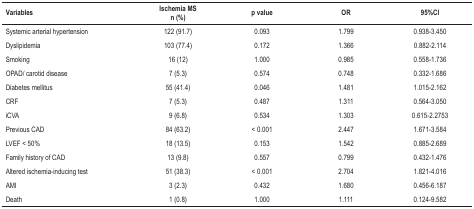
<table><thead><tr><td><b>Variables</b></td><td><b>Ischemia MS n (%)</b></td><td><b>p value</b></td><td><b>OR</b></td><td><b>95%CI</b></td></tr></thead><tbody><tr><td>Systemic arterial hypertension</td><td>122 (91,7)</td><td>0,093</td><td>1,799</td><td>0,938-3,450</td></tr><tr><td>Dyslipidemia</td><td>103 (77,4)</td><td>0,172</td><td>1,366</td><td>0,882-2,114</td></tr><tr><td>Smoking</td><td>16 (12)</td><td>1,000</td><td>0,985</td><td>0,558-1,736</td></tr><tr><td>OPAD/ carotid disease</td><td>7 (5,3)</td><td>0,574</td><td>0,748</td><td>0,332-1,686</td></tr><tr><td>Diabetes mellitus</td><td>55 (41,4)</td><td>0,046</td><td>1,481</td><td>1,015-2,162</td></tr><tr><td>CRF</td><td>7 (5,3)</td><td>0,487</td><td>1,311</td><td>0,564-3,050</td></tr><tr><td>iCVA</td><td>9 (6,8)</td><td>0,534</td><td>1,303</td><td>0,615-2,2753</td></tr><tr><td>Previous CAD</td><td>84 (63,2)</td><td>&lt; 0,001</td><td>2,447</td><td>1,671-3,584</td></tr><tr><td>LVEF &lt; 50%</td><td>18 (13,5)</td><td>0,153</td><td>1,542</td><td>0,885-2,689</td></tr><tr><td>Family history of CAD</td><td>13 (9,8)</td><td>0,557</td><td>0,799</td><td>0,432-1,476</td></tr><tr><td>Altered ischemia-inducing test</td><td>51 (38,3)</td><td>&lt; 0,001</td><td>2,704</td><td>1,821-4,016</td></tr><tr><td>AMI</td><td>3 (2,3)</td><td>0,432</td><td>1,680</td><td>0,456-6,187</td></tr><tr><td>Death</td><td>1 (0,8)</td><td>1,000</td><td>1,111</td><td>0,124-9,582</td></tr></tbody></table>